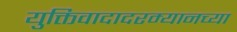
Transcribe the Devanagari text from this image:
युक्तिवादादरम्यानच्या